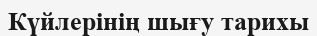
Күйлерінің шығу тарихы